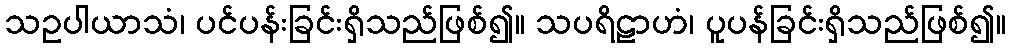
သဥပါယာသံ၊ ပင်ပန်းခြင်းရှိသည်ဖြစ်၍။ သပရိဠာဟံ၊ ပူပန်ခြင်းရှိသည်ဖြစ်၍။